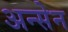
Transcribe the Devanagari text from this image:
अन्सेन